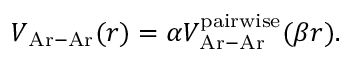
V _ { \mathrm { A r - A r } } ( r ) = \alpha V _ { \mathrm { A r - A r } } ^ { \mathrm { p a i r w i s e } } ( \beta r ) .